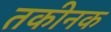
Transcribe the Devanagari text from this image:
तकीनक